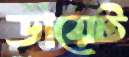
ডায়েট